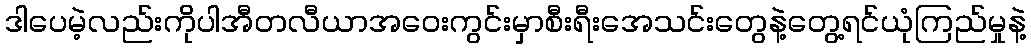
ဒါပေမဲ့လည်းကိုပါအီတလီယာအဝေးကွင်းမှာစီးရီးအေသင်းတွေနဲ့တွေ့ရင်ယုံကြည်မှုနဲ့